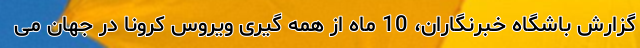
گزارش باشگاه خبرنگاران، 10 ماه از همه گیری ویروس کرونا در جهان می